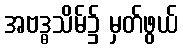
အဗဒ္ဓသိမ်၌ မှတ်ဖွယ်